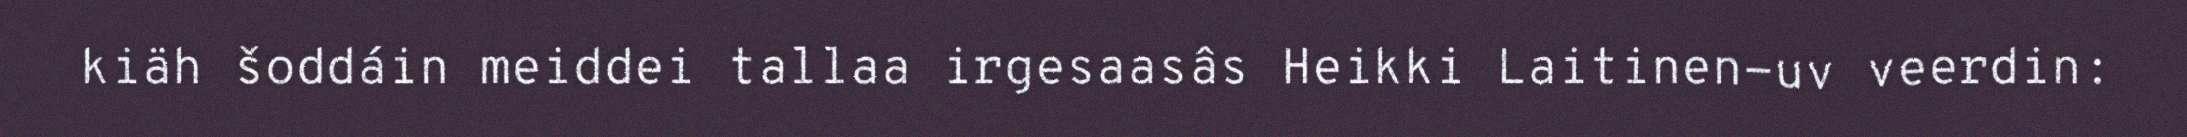
kiäh šoddáin meiddei tallaa irgesaasâs Heikki Laitinen-uv veerdin: